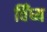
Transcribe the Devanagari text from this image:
विँध्य